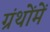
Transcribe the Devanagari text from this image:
ग्रंथोंमें